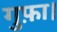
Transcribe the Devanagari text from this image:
गुफ़ा।